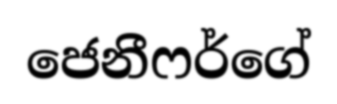
ජෙනීෆර්ගේ